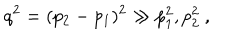
q ^ { 2 } = ( p _ { 2 } - p _ { 1 } ) ^ { 2 } \gg p _ { 1 } ^ { 2 } , p _ { 2 } ^ { 2 } ~ ,